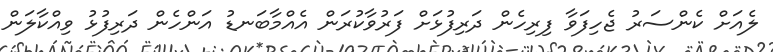
ލެއަށް ކެންސަރު ޖެހިފަވާ ފިރިހެން ދަރިފުޅަށް ފަރުވާކުރަން އެއްމާބަނޑު އަންހެން ދަރިފުޅު ވިއްކާލަން